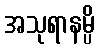
အသုရာနမ္ပိ